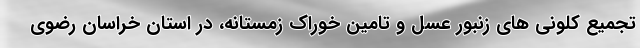
تجمیع کلونی های زنبور عسل و تامین خوراک زمستانه، در استان خراسان رضوی